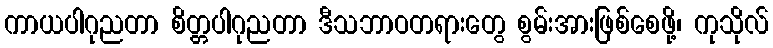
ကာယပါဂုညတာ စိတ္တပါဂုညတာ ဒီသဘာဝတရားတွေ စွမ်းအားဖြစ်စေဖို့၊ ကုသိုလ်